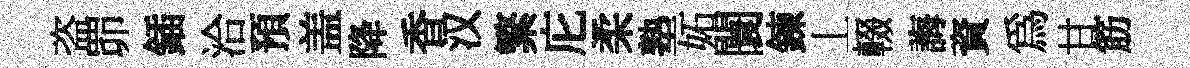
盗𦊑鍤洽預盖降香汉繁庀柔塾妬闤鍊丄輟誨資為甘筋